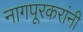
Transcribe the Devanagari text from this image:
नागपूरकरांनी